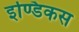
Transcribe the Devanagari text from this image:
इण्डिकस